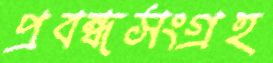
প্রবন্ধসংগ্রহ